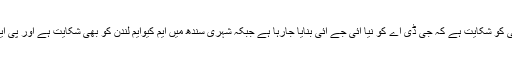
اندرون سندھ پیپلز پارٹی کو شکایت ہے کہ جی ڈی اے کو نیا آئی جے آئی بنایا جارہا ہے جبکہ شہری سندھ میں ایم کیوایم لندن کو بھی شکایت ہے اور پی ایس پی کو بھی گلہ ہے۔